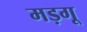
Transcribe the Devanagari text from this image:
मड़गू